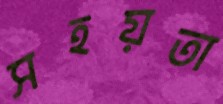
সহয়তা